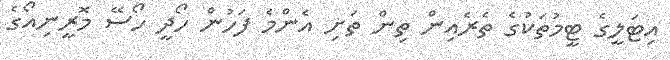
އިޓަލީގެ ޓީމުތަކުގެ ތެރެއިން ތިން ތަށި އެންމެ ފަހުން ހޯދީ ހޯސޭ މޮރީނިއޯގެ